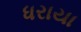
ધરાયા